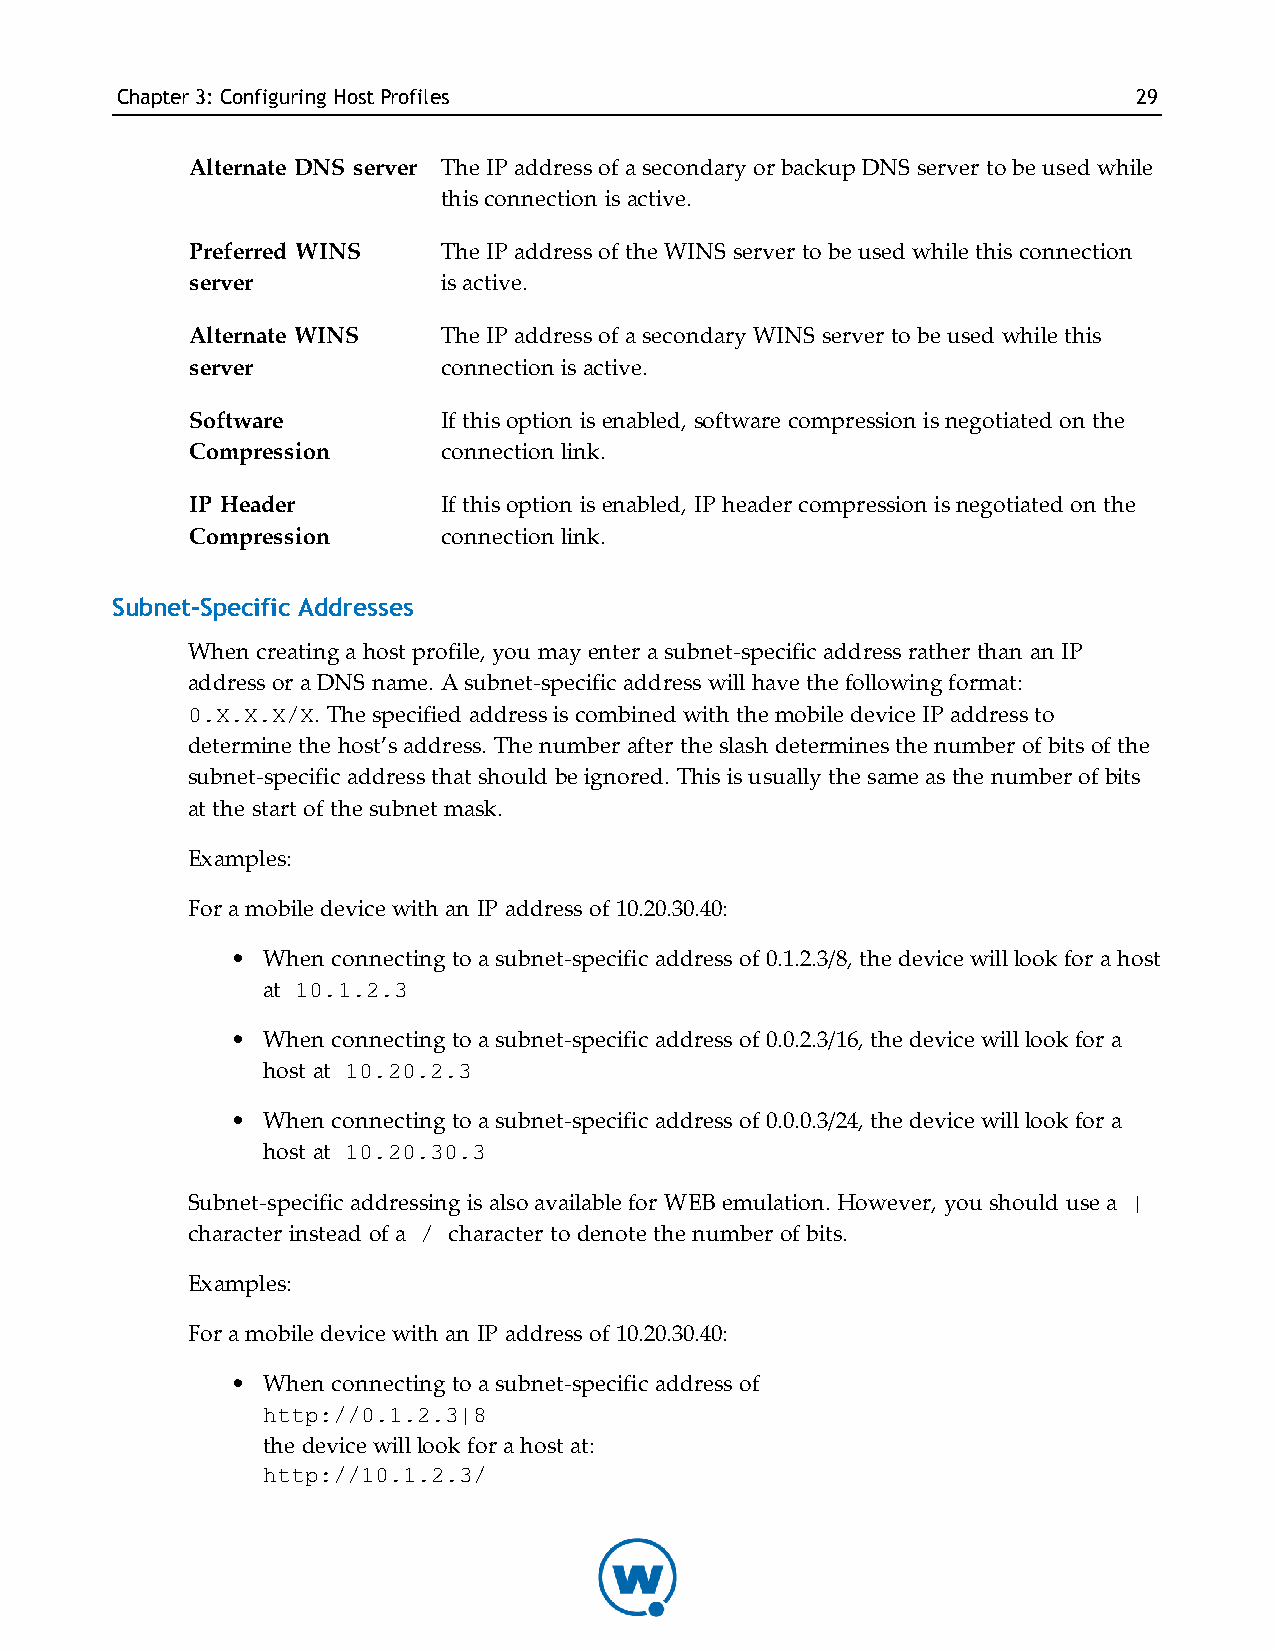
Chapter3: Configuring HostProfiles                                 29
 Alternate DNS server The IP address of a secondary or backup DNS server to be used while
 this connection is active.
 Preferred WINS  The IP address of the WINS server to be used while this connection
 server          is active.
 Alternate WINS  The IP address of a secondary WINS server to be used while this
 server          connection is active.
 Software        If this option is enabled, software compression is negotiated on the
 Compression     connection link.
 IP Header       If this option is enabled, IP header compression is negotiated on the
 Compression     connection link.
 Subnet-Specific Addresses
 When creating a host profile, you may enter a subnet-specific address rather than an IP
 address or a DNS name. A subnet-specific address will have the following format:
 0.X.X.X/X. The specified address is combined with the mobile device IP address to
 determine the host’s address. The number after the slash determines the number of bits of the
 subnet-specific address that should be ignored. This is usually the same as the number of bits
 at the start of the subnet mask.
 Examples:
 For a mobile device with an IP address of 10.20.30.40:
 • When connecting to a subnet-specific address of 0.1.2.3/8, the device will look for a host
 at 10.1.2.3
 • When connecting to a subnet-specific address of 0.0.2.3/16, the device will look for a
 host at 10.20.2.3
 • When connecting to a subnet-specific address of 0.0.0.3/24, the device will look for a
 host at 10.20.30.3
 Subnet-specific addressing is also available for WEB emulation. However, you should use a |
 character instead of a / character to denote the number of bits.
 Examples:
 For a mobile device with an IP address of 10.20.30.40:
 • When connecting to a subnet-specific address of
 http://0.1.2.3|8
 the device will look for a host at:
 http://10.1.2.3/